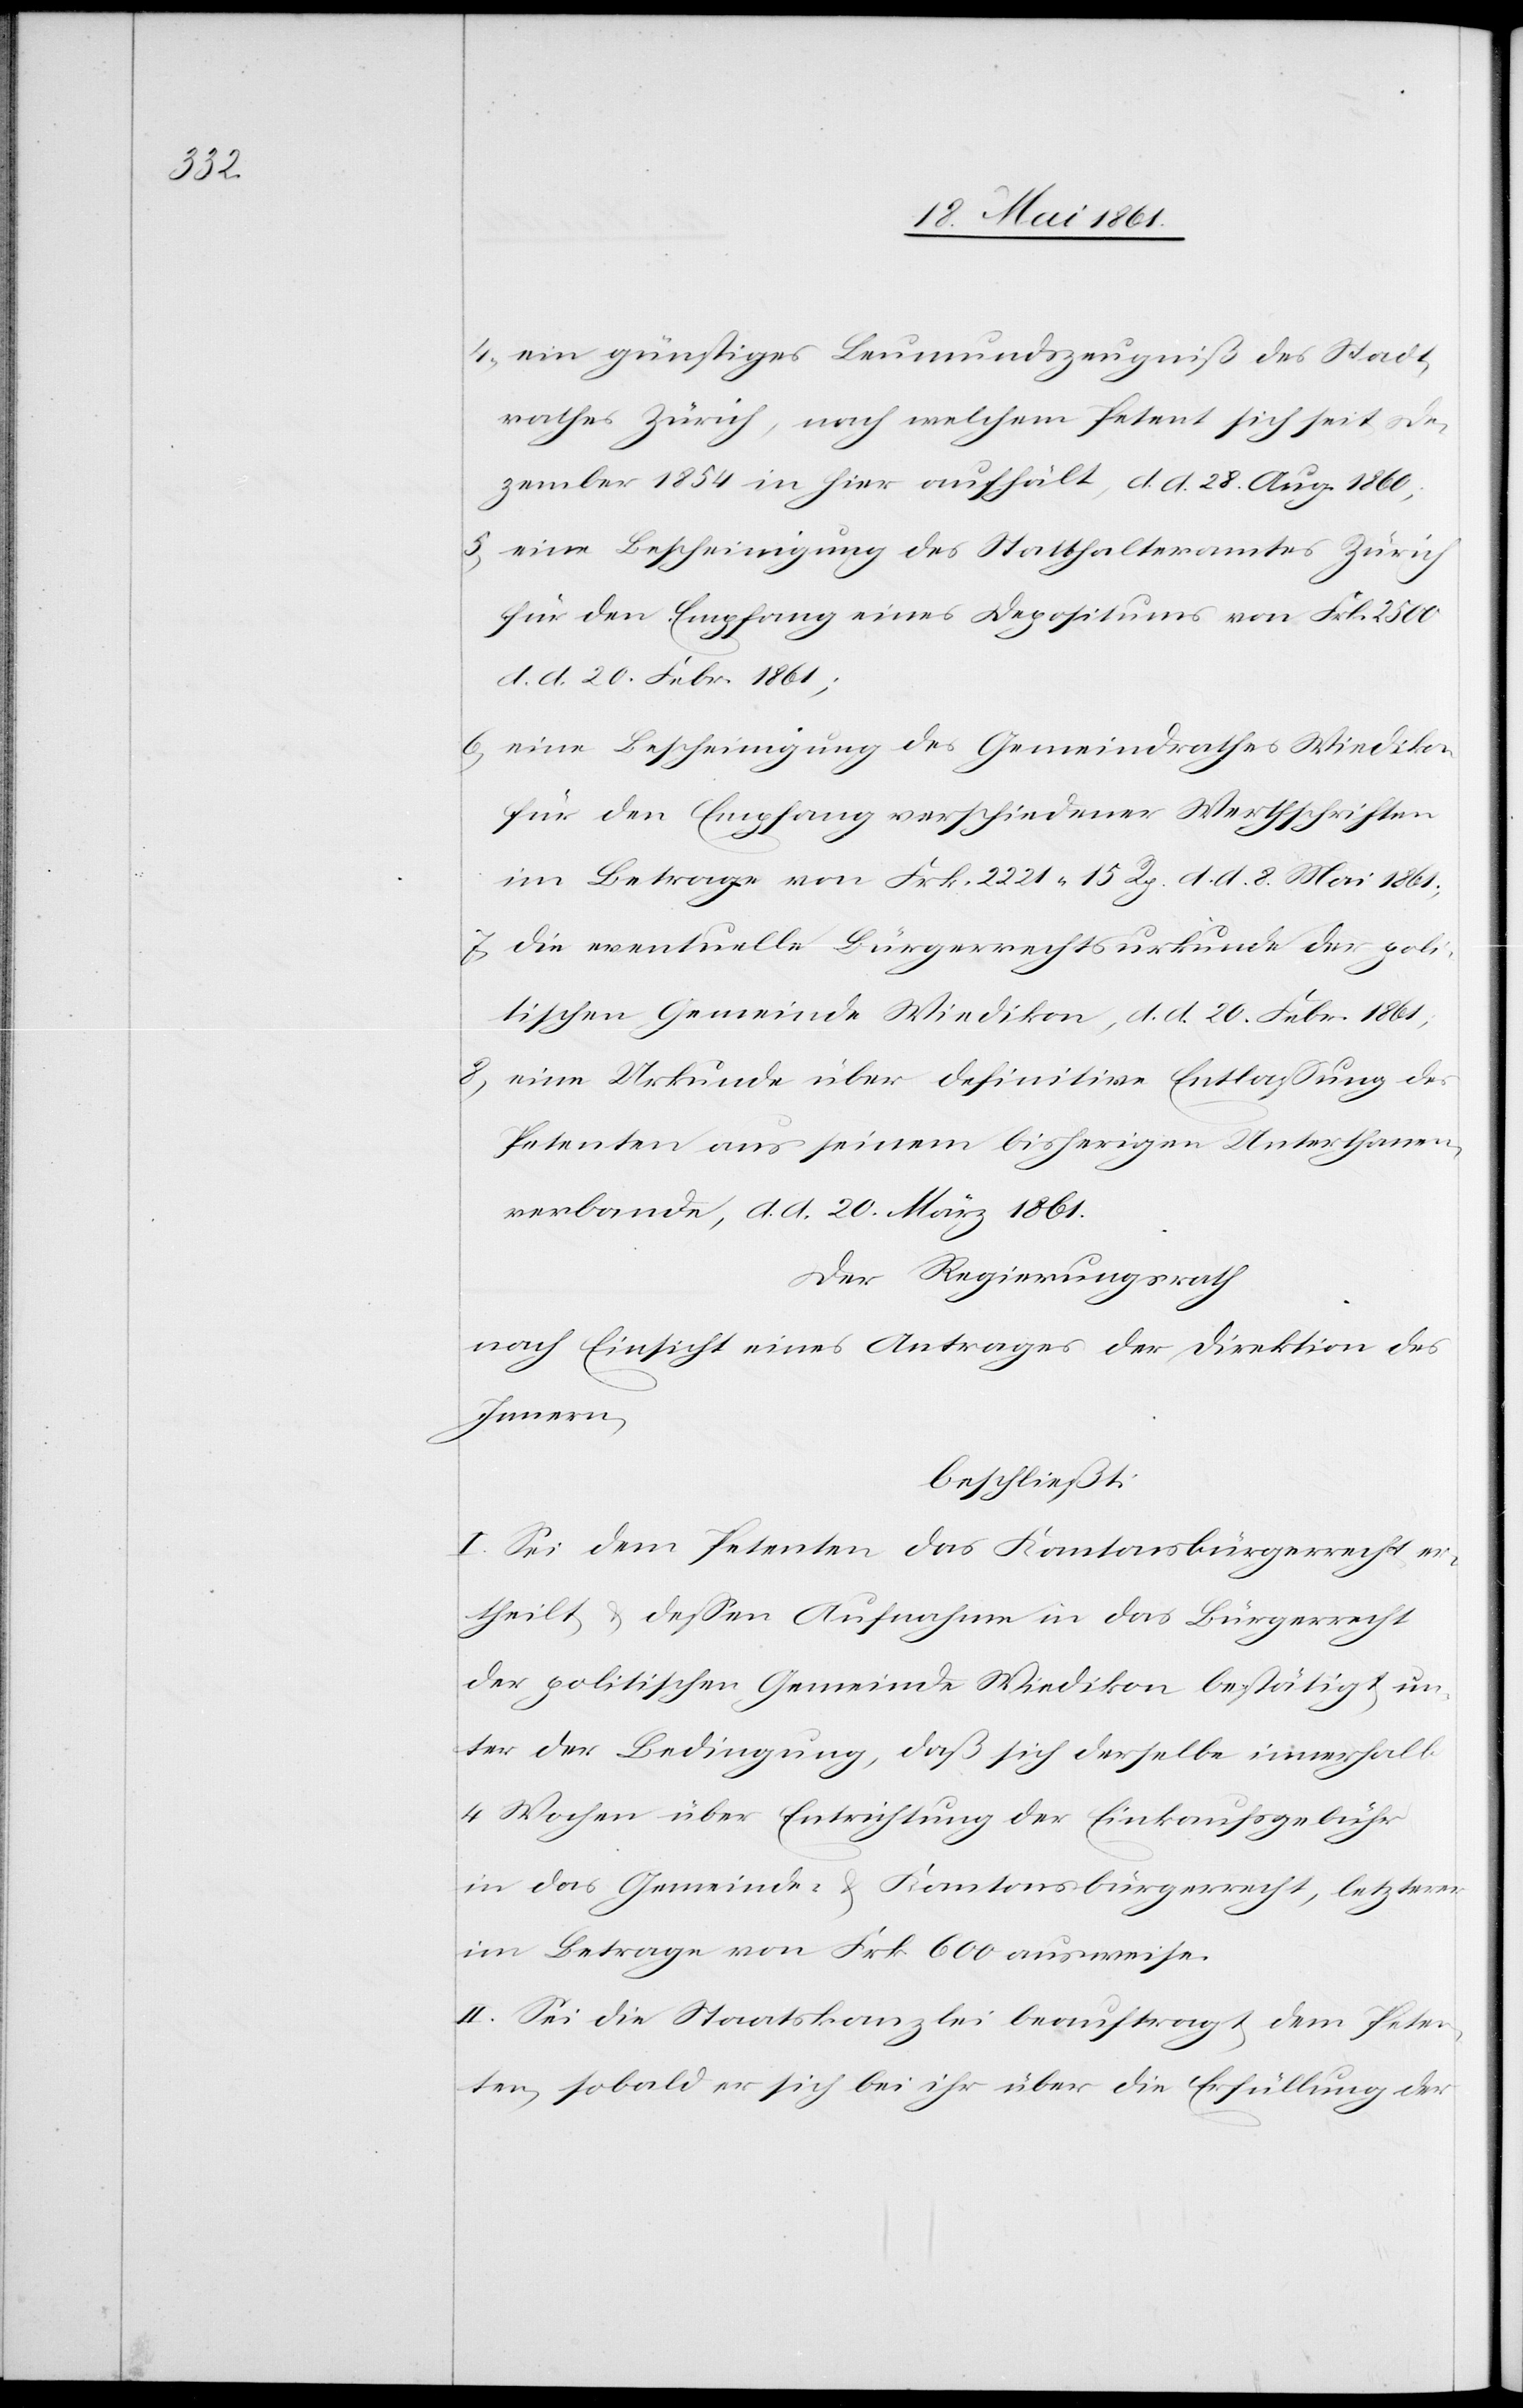
4) ein günstiges Leumundszeugniß des Stadt¬
rathes Zürich, nach welchem Petent sich seit De¬
zember 1854 in hier aufhält, d. d. 28. Aug. 1860;
5) eine Bescheinigung des Statthalteramtes Zürich
für den Empfang eines Depositums von Frk. 2500
d. d. 20. Febr. 1861;
6) eine Bescheinigung des Gemeindrathes Wiedikon
für den Empfang verschiedener Werthschriften
im Betrage von Frk. 2221 15 Rp. d. d. 8. Mai 1861;
7) die eventuelle Bürgerrechtsurkunde der poli¬
tischen Gemeinde Wiedikon, d. d. 20. Febr. 1861;
8) eine Urkunde über definitive Entlassung des
Petenten aus seinem bisherigen Unterthanen¬
verbande, d. d. 20. März 1861.
Der Regierungsrath
nach Einsicht eines Antrages der Direktion des
Innern,
beschließt:
I. Sei dem Petenten das Kantonsbürgerrecht er¬
theilt u. dessen Aufnahme in das Bürgerrecht
der politischen Gemeinde Wiedikon bestätigt, un¬
ter der Bedingung, daß sich derselbe innerhalb
4 Wochen über Entrichtung der Einkaufsgebühr
in das Gemeinde- u. Kantonsbürgerrecht, letzterer
im Betrage von Frk. 600 ausweise.
II. Sei die Staatskanzlei beauftragt, dem Peten¬
ten, sobald er sich bei ihr über die Erfüllung der